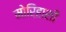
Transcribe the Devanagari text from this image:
मोरिहाशी